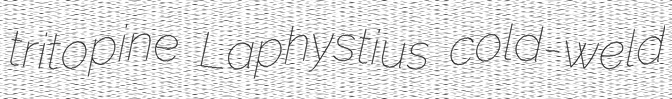
tritopine Laphystius cold-weld